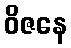
ဝိဇနေ